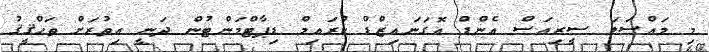
މި މައްސަލަ ސީރިއަސް އެންޑް އޮގަނައިޒްޑް ކްރައިމް ޑިޕާޓްމަންޓުން ދަނީ އިތުރަށް ތަޙްޤީޤު